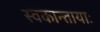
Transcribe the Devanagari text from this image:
स्वकान्तायाः